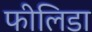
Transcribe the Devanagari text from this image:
फीलिडा